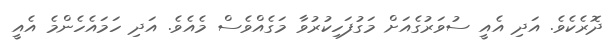
ދޮރެކެވެ. އަދި އެއީ ސުވަރުގެއަށް މަގުފަހިކުރުވާ މަގެއްވެސް މެއެވެ. އަދި ހަމައެހެންމެ އެއީ